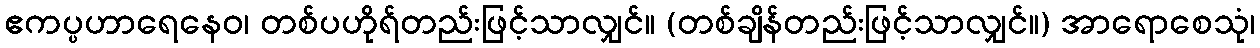
ဧကပ္ပဟာရေနေဝ၊ တစ်ပဟိုရ်တည်းဖြင့်သာလျှင်။ (တစ်ချိန်တည်းဖြင့်သာလျှင်။) အာရောစေသုံ၊